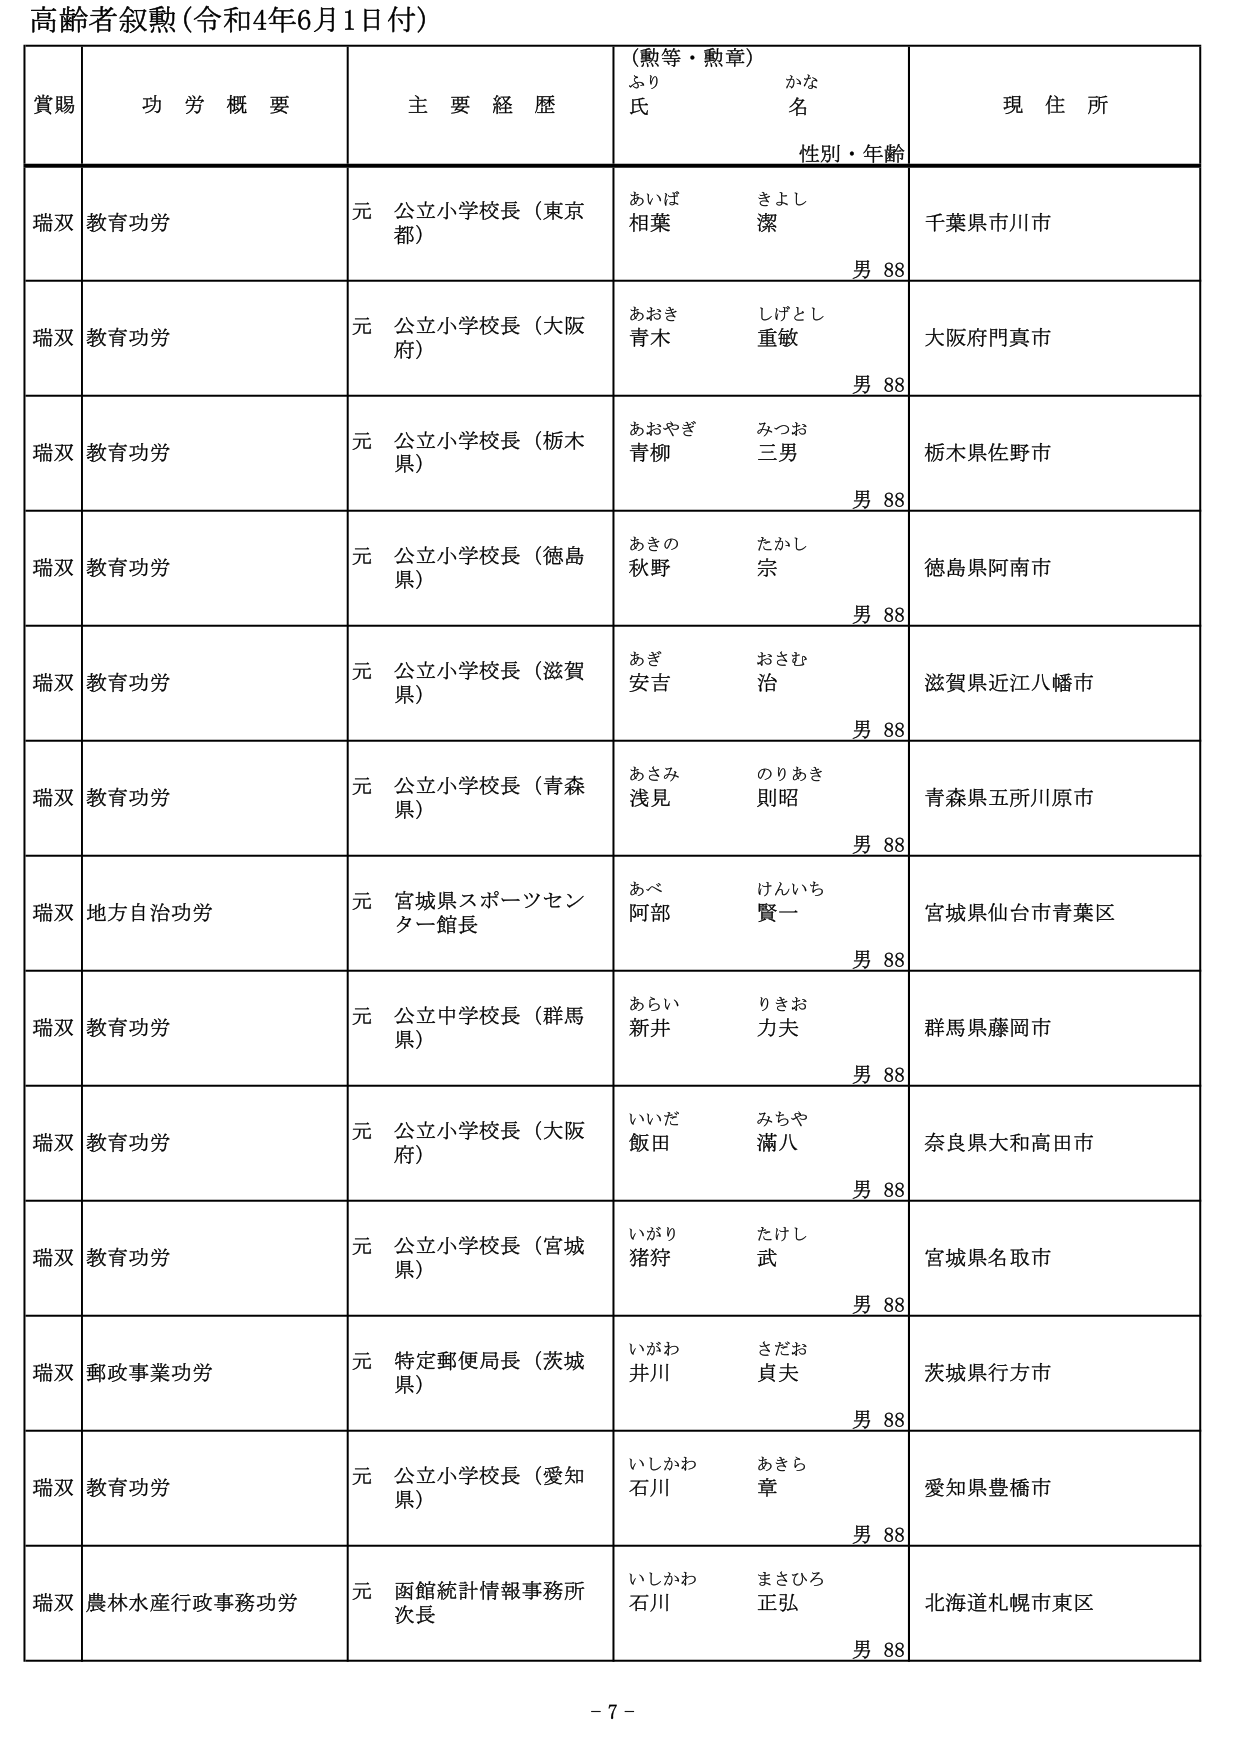
高齢者叙勲（令和4年6月1日付）

賞賜　功労概要　主要経歴　（勲等・勲章）　現住所
　　　　　　　　　　　　ふりがな　氏名　性別・年齢

瑞双　教育功労　元 公立小学校長（東京都）　あいば　相葉　きよし　潔　男 88　千葉県市川市
瑞双　教育功労　元 公立小学校長（大阪府）　あおき　青木　しげとし　重敏　男 88　大阪府門真市
瑞双　教育功労　元 公立小学校長（栃木県）　あおやぎ　青柳　みつお　三男　男 88　栃木県佐野市
瑞双　教育功労　元 公立小学校長（徳島県）　あきの　秋野　たかし　宗　男 88　徳島県阿南市
瑞双　教育功労　元 公立小学校長（滋賀県）　あぎ　安吉　おさむ　治　男 88　滋賀県近江八幡市
瑞双　教育功労　元 公立小学校長（青森県）　あさみ　浅見　のりあき　則昭　男 88　青森県五所川原市
瑞双　地方自治功労　元 宮城県スポーツセンター一館長　あべ　阿部　けんいち　賢一　男 88　宮城県仙台市青葉区
瑞双　教育功労　元 公立中学校長（群馬県）　あらい　新井　りきお　力夫　男 88　群馬県藤岡市
瑞双　教育功労　元 公立小学校長（大阪府）　いいだ　飯田　みちや　満八　男 88　奈良県大和高田市
瑞双　教育功労　元 公立小学校長（宮城県）　いがり　猪狩　たけし　武　男 88　宮城県名取市
瑞双　郵政事業功労　元 特定郵便局長（茨城県）　いがわ　井川　さだお　貞夫　男 88　茨城県行方市
瑞双　教育功労　元 公立小学校長（愛知県）　いしかわ　石川　あきら　章　男 88　愛知県豊橋市
瑞双　農林水産行政事務功労　元 函館統計情報事務所次長　いしかわ　石川　まさひろ　正弘　男 88　北海道札幌市東区

- 7 -